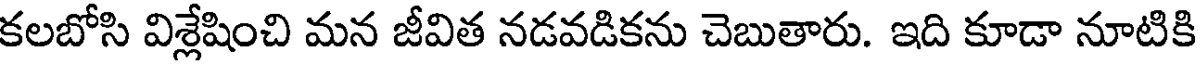
కలబోసి విశ్లేషించి మన జీవిత నడవడికను చెబుతారు. ఇది కూడా నూటికి